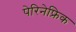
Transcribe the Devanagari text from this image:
पेरिनेफ्रिक